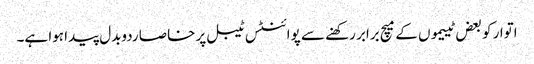
اتوار کو بعض ٹییموں کے میچ برابر رکھنے سے پوائنٹس ٹیبل پر خاصا ردوبدل پیدا ہوا ہے۔